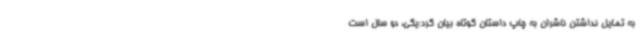
به تمایل نداشتن ناشران به چاپ داستان کوتاه بیان کرد:یکی، دو سال است